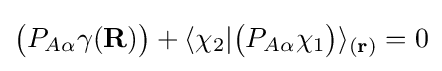
{\big (}P_{A\alpha }\gamma (\mathbf {R} ){\big )}+\langle \chi _{2}|{\big (}P_{A\alpha }\chi _{1}{\big )}\rangle _{(\mathbf {r} )}=0